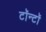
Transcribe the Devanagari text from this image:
टॉन्टॉ